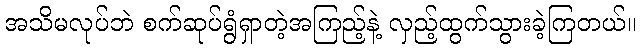
အသိမလုပ်ဘဲ စက်ဆုပ်ရွံရှာတဲ့အကြည့်နဲ့ လှည့်ထွက်သွားခဲ့ကြတယ်။